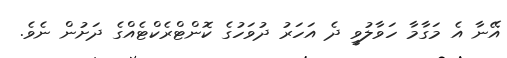
އޭނާ އެ މަގާމާ ހަވާލުވީ ދެ އަހަރު ދުވަހުގެ ކޮންޓްރެކްޓެއްގެ ދަށުން ނެވެ.